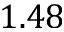
1 . 4 8